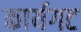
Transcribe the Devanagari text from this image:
कार्यगट